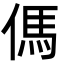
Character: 傌